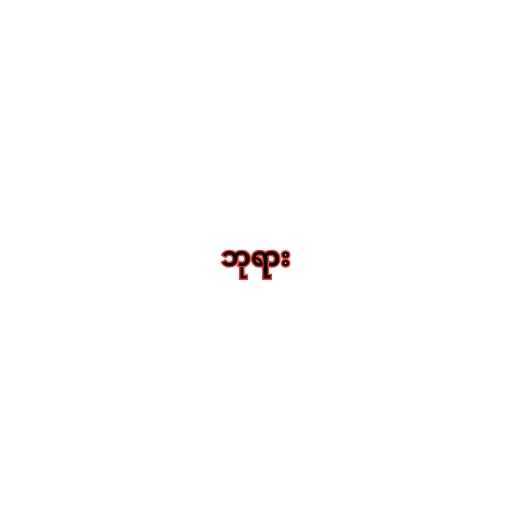
ဘုရား